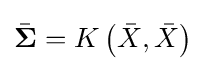
{\bar {\mathbf {\Sigma } }}=K\left({\bar {X}},{\bar {X}}\right)